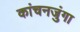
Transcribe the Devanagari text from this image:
कांचनजुंगा